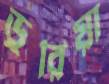
ডুরিয়া